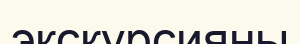
экскурсияны